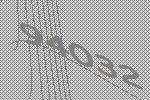
94032